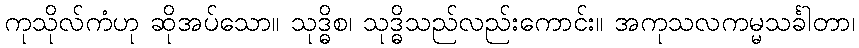
ကုသိုလ်ကံဟု ဆိုအပ်သော။ သုဒ္ဓိစ၊ သုဒ္ဓိသည်လည်းကောင်း။ အကုသလကမ္မသင်္ခါတာ၊